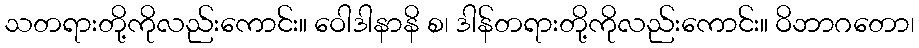
သတရားတို့ကိုလည်းကောင်း။ ဝေါဒါနာနိ စ၊ ဒါန်တရားတို့ကိုလည်းကောင်း။ ဝိဘာဂတော၊